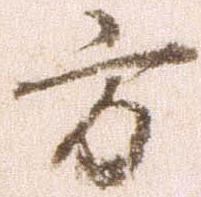
方